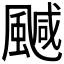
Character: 𲋆